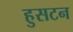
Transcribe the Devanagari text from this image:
हुसटन